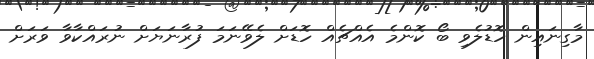
މާގިނައިން ހޮޑުލެވި ބޯ ކޮންމެ އެއްޗެއް ހޮޑަށް ލެވޭނަމަ ފުރާނަޔަށް ނުރައްކާވާ ވަރަށް